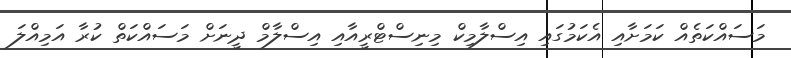
މަސައްކަތެއް ކަމަށާއި އެކަމުގައި އިސްލާމިކް މިނިސްޓްރީއާއި އިސްލާމް ދީނަށް މަސައްކަތް ކުރާ އަމިއްލަ